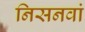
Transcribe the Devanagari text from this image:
निसनवां